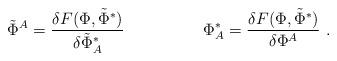
LaTeX: \begin{align*}\tilde\Phi^A=\frac{\delta F(\Phi , \tilde\Phi^*)}{\delta \tilde\Phi^*_A}\hspace{2cm}\Phi^*_A=\frac{\delta F(\Phi , \tilde\Phi^*)}{\delta \Phi ^A}\ .\end{align*}